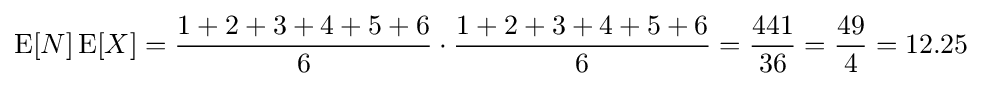
\operatorname {E} [N]\operatorname {E} [X]={\frac {1+2+3+4+5+6}{6}}\cdot {\frac {1+2+3+4+5+6}{6}}={\frac {441}{36}}={\frac {49}{4}}=12.25